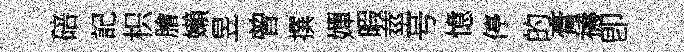
碚記枳膾嬾昱曾撰嬋暇莖号憶停的膏禱卽